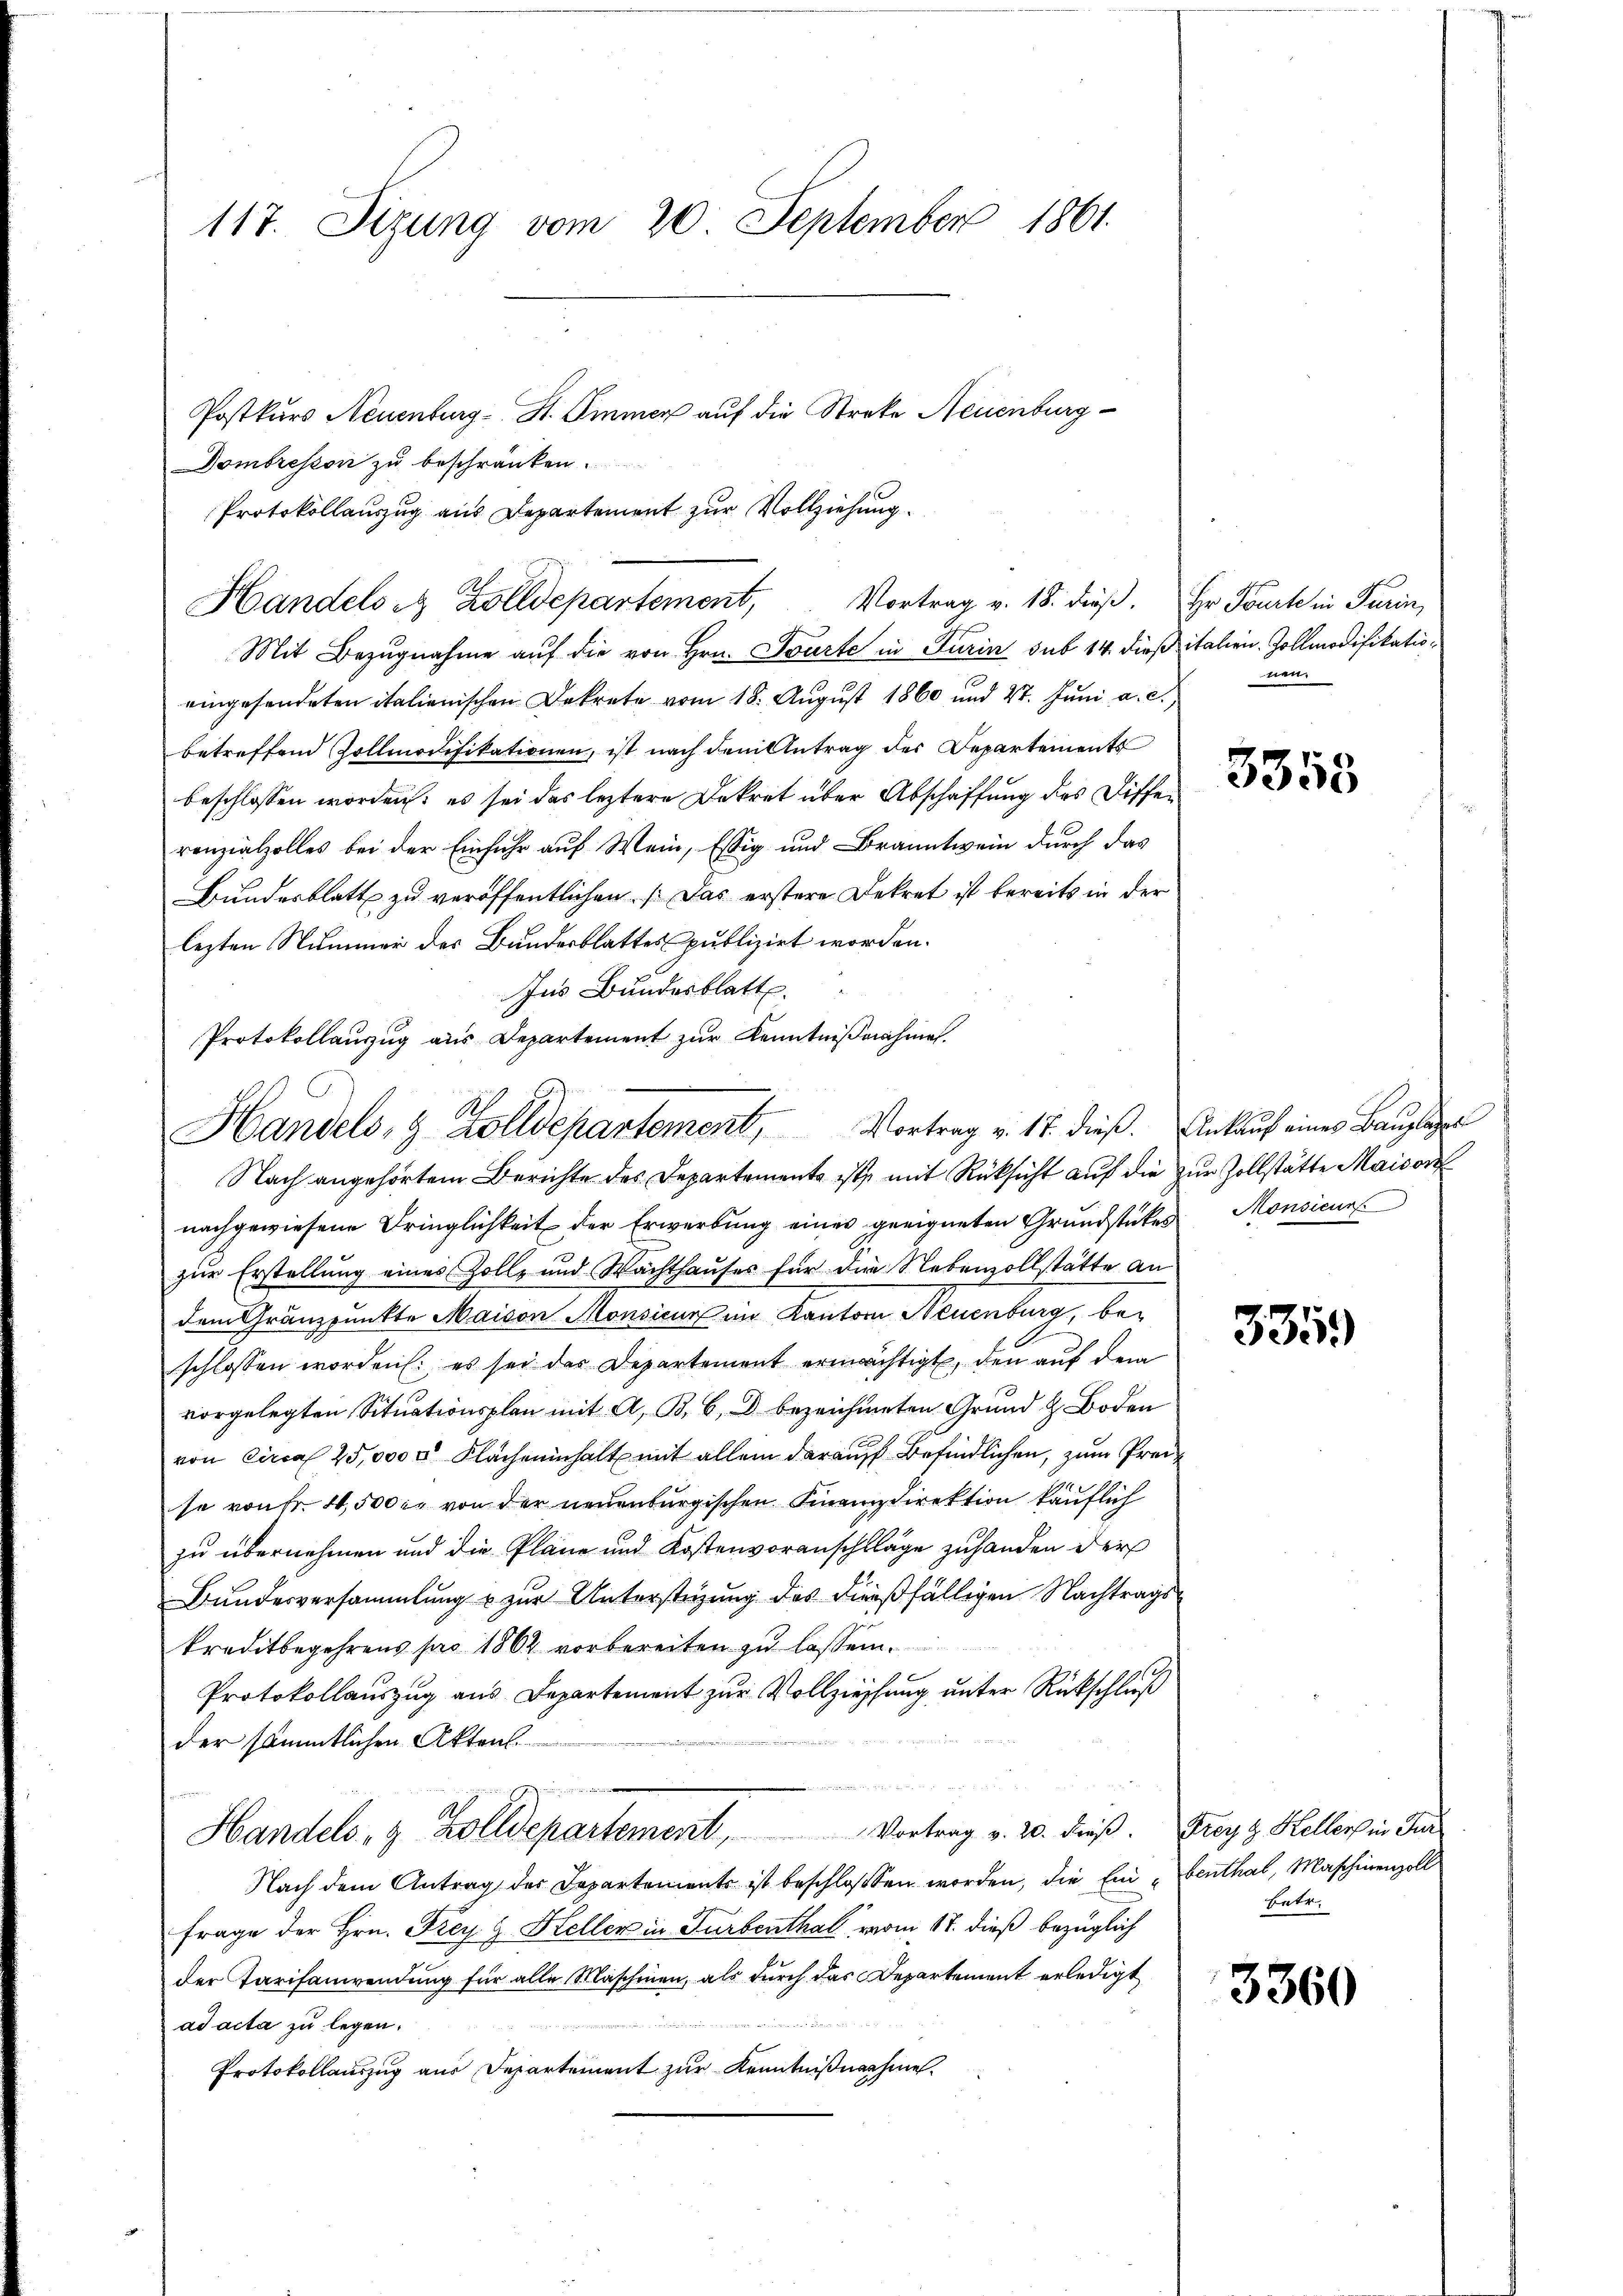
117. Sizung vom 20. September 1861.
Postkurs Neuenburg - St. Ommer auf die Streke Neuenburg

Mit Bezugnahme auf die von Hrn. Tourte in Turin sub 14 dieß italien. Zollmodifikatioeingesendeten italienischen Dekrete vom 18. August 1860 und 27. Jŭni a. c.,
betreffend Zollmodifikationen, ist nach dem Antrag des Departements
beschlossen worden; es sei das leztere Dekret über Abschaffung des Diffen
ronzialzolles bei der Einfuhr auf Wein, Essig und Branntwein durch das
Bundesblatt zu veröffentlichen Das erstere Dekret ist bereits in der
lezten Nummer der Bundesblattes publizirt worden.
Ins Bundesblatt.
Protokollauszug aus Departement zŭr Kenntniβnahme.

Dombreston zu beschränken.
Protokollauszug aus Departement zur Vollziehung
A
Handels es Zolldepartement, Vortrag v. 18. dieβ. Hr. Tourte in Turin,

Handels- & Zolldepartement, Vortrag v. 17. dieß. Ankauf eines Bauplager
Nach angehörtem Berichte des Departemente ist mit Rücksicht auf die zur Zollstätte Mais or

nachgewiesene Dringlichkeit der Erwerbung eines geeigneten Grundstückes
zur Erstellung eines Zoll- und Wachthauses für die Nebenvollstatte an
dem Gränzpunkte Maison Monsieur im Kanton Neuenburg, beschlossen worden: es sei der Departement ermächtigt, den auf dem
vorgelegten Situationsplan mit A. B. 6, d bezeichneten Grund & Boden
von Circa 25,000 r Flächeninhalt mit allem darauf befindlichen, zum Preis
se von Fr. 4,500 r. von der neuenburgischen Finanzdirektion käuflich
zu übernehmen und die Pläne und Kostenvoranschläge zuhanden der
Bundesversammlung u zur Untersteigung des dießfälligen Nachtragskreditbegehrens pro 1862 vorbereiten zu lassen.
Protokollauszug aus Departement zur Vollziehung unter Rückschluß
der sämmtlichen Akten.
n
uun
Handels- & Zolldepartement, Vortrag v. 20. dieβ. Frey Kellers in Fir
Nach dem Antrag des Departements ist beschlossen worden, die Ein - Benthal, Maschinenzoll
Frage der Hrn. Frey H. Heller in Turbenthal vom 17. dieß bezüglich
der Tarifanwendung für alle Maschinen, als durch das Departement erledigt
n
ad acta zu legen.
Protokollauszug aus Departement zur Kenntnißnahme

nen.

3358

Monsieur

3359)

betr.

3360